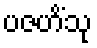
ပဇဟိံသု